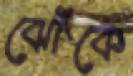
ঝোঁকে